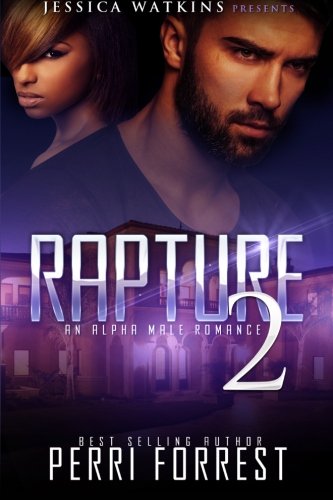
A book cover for Rapture 2: a BWWM, Alpha Male Romance; Perri Forrest; Romance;